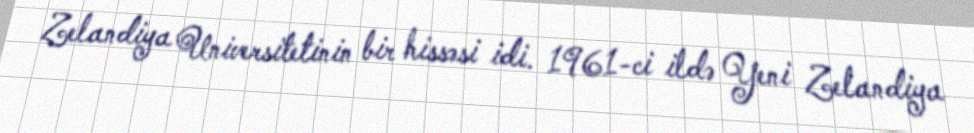
Zelandiya Universitetinin bir hissəsi idi. 1961-ci ildə Yeni Zelandiya